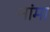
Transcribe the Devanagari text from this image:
नांमा